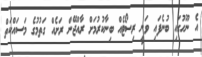
އެ ނޫހުގައި ބުނެފައި ވަނީ ރިސޯޓެއް ބިނާކުރުމަށް ރާއްޖޭން ރަށެއް ގަތުމުގެ މަސައްކަތް